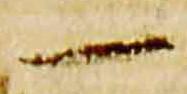
一